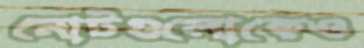
নোটগুলোকেও